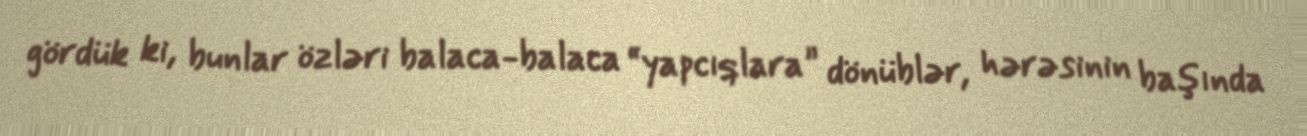
gördük ki, bunlar özləri balaca-balaca “yapcıqlara” dönüblər, hərəsinin başında